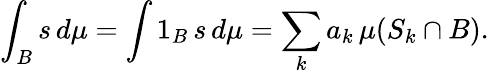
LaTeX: \int_{B}s\, d\mu=\int 1_{B}\, s\, d\mu=\sum_{k}a_{k}\, \mu(S_{k}\cap B).